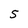
Character: 5